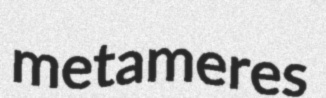
metameres